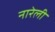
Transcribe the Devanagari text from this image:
नारेली